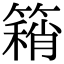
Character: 𥳓